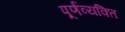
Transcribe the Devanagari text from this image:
पूर्णव्यक्ति